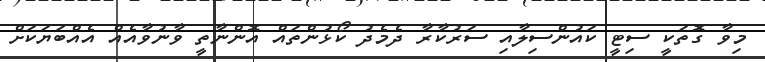
މިވާ ގޮތަކީ ސިޓީ ކައުންސިލާއި ސަރުކާރާ ދެމެދު ކޯޅުންތައް އޮންނާތީ ވާނުވާއެއް އެއްބަޔަކަށް